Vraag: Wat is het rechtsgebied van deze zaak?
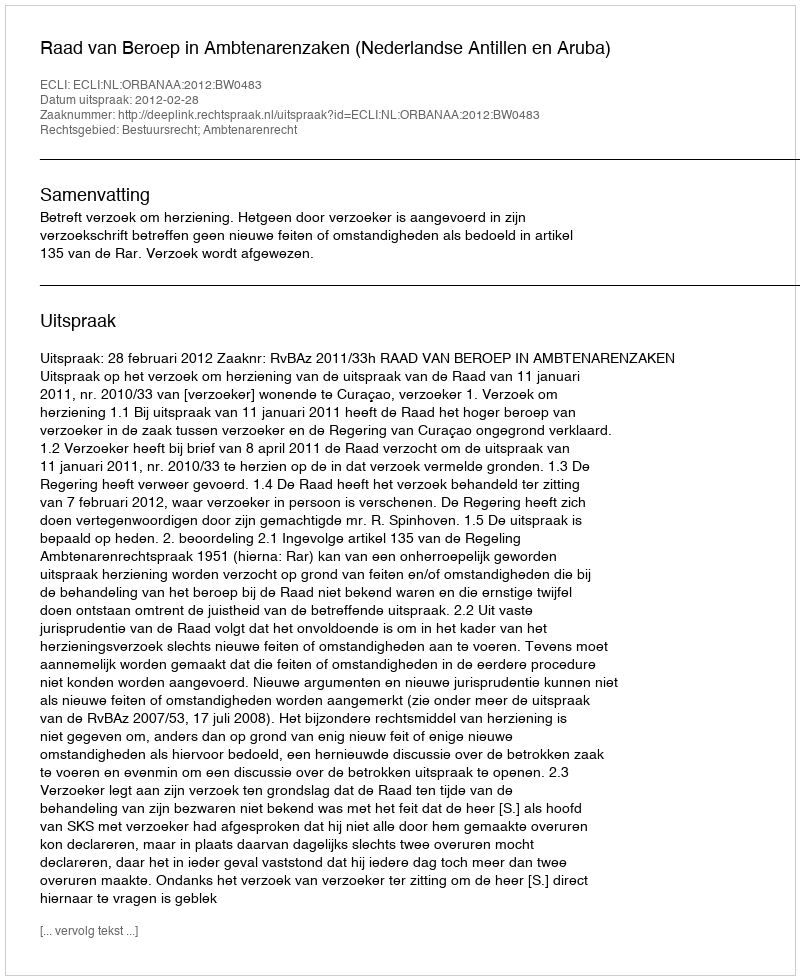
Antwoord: Bestuursrecht; Ambtenarenrecht